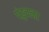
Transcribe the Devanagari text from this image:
पंहुचना